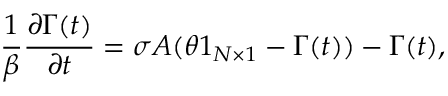
\frac { 1 } { \beta } \frac { \partial \boldsymbol { \Gamma } ( t ) } { \partial t } = \sigma A ( \theta \boldsymbol { 1 } _ { N \times 1 } - \boldsymbol { \Gamma } ( t ) ) - \boldsymbol { \Gamma } ( t ) ,